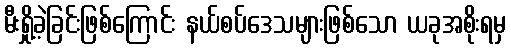
မီးရှို့ခဲ့ခြင်းဖြစ်ကြောင်း နယ်စပ်ဒေသများဖြစ်သော ယခုအစိုးရမှ